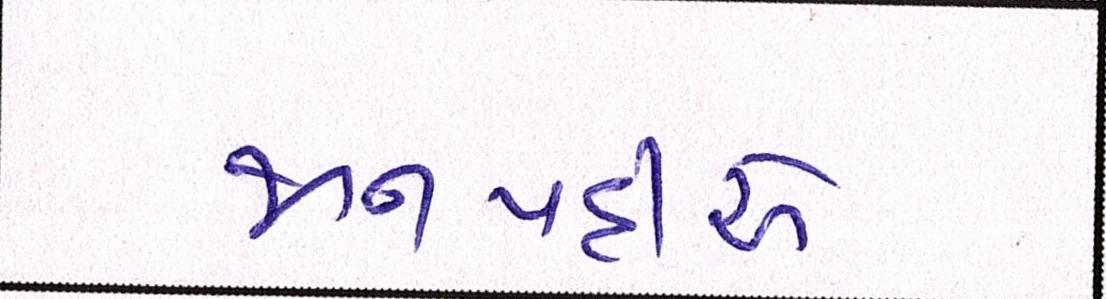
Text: જાનપદીએ